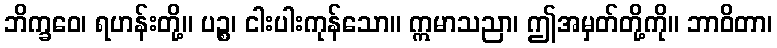
ဘိက္ခဝေ၊ ရဟန်းတို့။ ပဉ္စ၊ ငါးပါးကုန်သော။ ဣမာသညာ၊ ဤအမှတ်တို့ကို။ ဘာဝိတာ၊